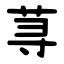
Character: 荨